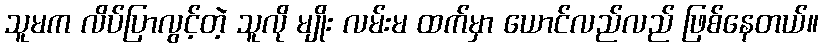
သူမက လိပ်ပြာလွင့်တဲ့ သူလို မျိုး လမ်းမ ထက်မှာ ယောင်လည်လည် ဖြစ်နေတယ်။